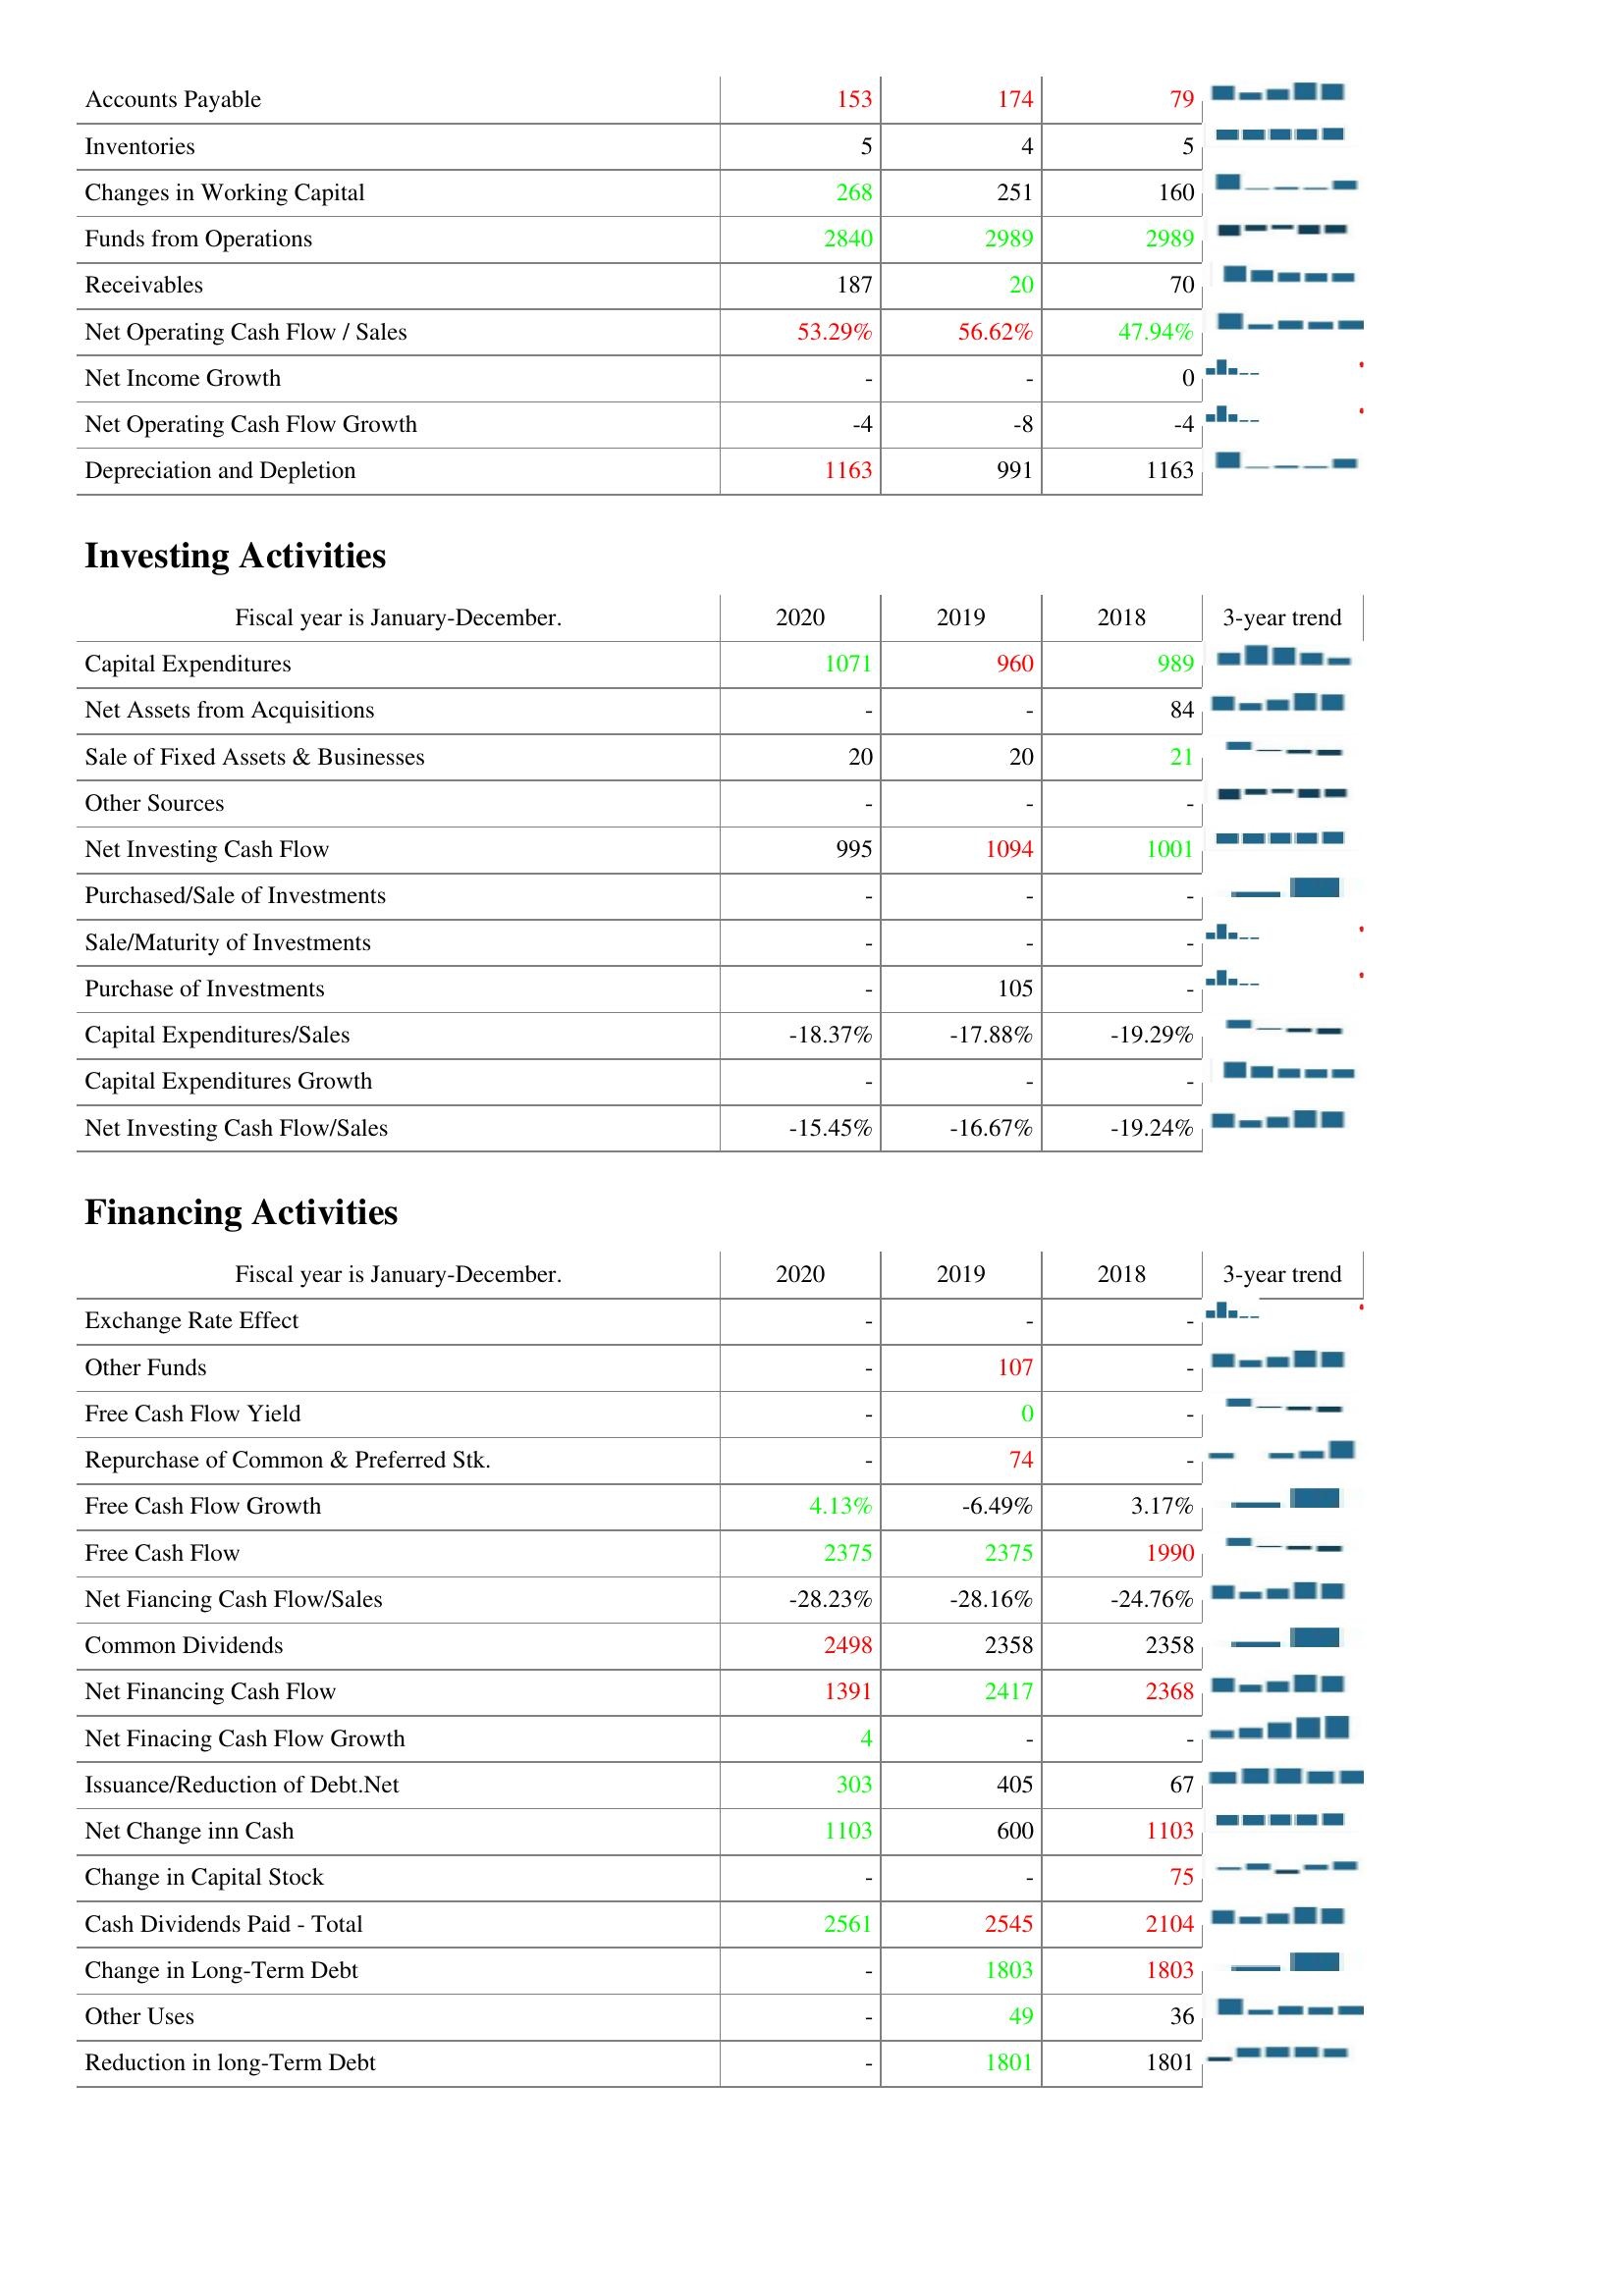
2020: Operating Activities: Accounts Payable: 153
Inventories: 5
Changes in Working Capital: 268
Funds from Operations: 2840
Receivables: 187
Net Operating Cash Flow / Sales: 53.29%
Net Income Growth: -
Net Operating Cash Flow Growth: -4
Depreciation and Depletion: 1163
Investing Activities: Capital Expenditures: 1071
Net Assets from Acquisitions: -
Sale of Fixed Assets & Businesses: 20
Other Sources: -
Net Investing Cash Flow: 995
Purchased/Sale of Investments: -
Sale/Maturity of Investments: -
Purchase of Investments: -
Capital Expenditures/Sales: -18.37%
Capital Expenditures Growth: -
Net Investing Cash Flow/Sales: -15.45%
Financing Activities: Exchange Rate Effect: -
Other Funds: -
Free Cash Flow Yield: -
Repurchase of Common & Preferred Stk.: -
Free Cash Flow Growth: 4.13%
Free Cash Flow: 2375
Net Fiancing Cash Flow/Sales: -28.23%
Common Dividends: 2498
Net Financing Cash Flow: 1391
Net Finacing Cash Flow Growth: 4
Issuance/Reduction of Debt.Net: 303
Net Change inn Cash: 1103
Change in Capital Stock: -
Cash Dividends Paid - Total: 2561
Change in Long-Term Debt: -
Other Uses: -
Reduction in long-Term Debt: -
2019: Operating Activities: Accounts Payable: 174
Inventories: 4
Changes in Working Capital: 251
Funds from Operations: 2989
Receivables: 20
Net Operating Cash Flow / Sales: 56.62%
Net Income Growth: -
Net Operating Cash Flow Growth: -8
Depreciation and Depletion: 991
Investing Activities: Capital Expenditures: 960
Net Assets from Acquisitions: -
Sale of Fixed Assets & Businesses: 20
Other Sources: -
Net Investing Cash Flow: 1094
Purchased/Sale of Investments: -
Sale/Maturity of Investments: -
Purchase of Investments: 105
Capital Expenditures/Sales: -17.88%
Capital Expenditures Growth: -
Net Investing Cash Flow/Sales: -16.67%
Financing Activities: Exchange Rate Effect: -
Other Funds: 107
Free Cash Flow Yield: 0
Repurchase of Common & Preferred Stk.: 74
Free Cash Flow Growth: -6.49%
Free Cash Flow: 2375
Net Fiancing Cash Flow/Sales: -28.16%
Common Dividends: 2358
Net Financing Cash Flow: 2417
Net Finacing Cash Flow Growth: -
Issuance/Reduction of Debt.Net: 405
Net Change inn Cash: 600
Change in Capital Stock: -
Cash Dividends Paid - Total: 2545
Change in Long-Term Debt: 1803
Other Uses: 49
Reduction in long-Term Debt: 1801
2018: Operating Activities: Accounts Payable: 79
Inventories: 5
Changes in Working Capital: 160
Funds from Operations: 2989
Receivables: 70
Net Operating Cash Flow / Sales: 47.94%
Net Income Growth: 0
Net Operating Cash Flow Growth: -4
Depreciation and Depletion: 1163
Investing Activities: Capital Expenditures: 989
Net Assets from Acquisitions: 84
Sale of Fixed Assets & Businesses: 21
Other Sources: -
Net Investing Cash Flow: 1001
Purchased/Sale of Investments: -
Sale/Maturity of Investments: -
Purchase of Investments: -
Capital Expenditures/Sales: -19.29%
Capital Expenditures Growth: -
Net Investing Cash Flow/Sales: -19.24%
Financing Activities: Exchange Rate Effect: -
Other Funds: -
Free Cash Flow Yield: -
Repurchase of Common & Preferred Stk.: -
Free Cash Flow Growth: 3.17%
Free Cash Flow: 1990
Net Fiancing Cash Flow/Sales: -24.76%
Common Dividends: 2358
Net Financing Cash Flow: 2368
Net Finacing Cash Flow Growth: -
Issuance/Reduction of Debt.Net: 67
Net Change inn Cash: 1103
Change in Capital Stock: 75
Cash Dividends Paid - Total: 2104
Change in Long-Term Debt: 1803
Other Uses: 36
Reduction in long-Term Debt: 1801